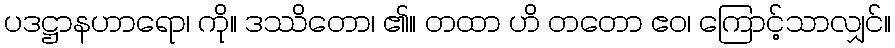
ပဒဋ္ဌာနဟာရော၊ ကို။ ဒဿိတော၊ ၏။ တထာ ဟိ တတော ဧဝ၊ ကြောင့်သာလျှင်။